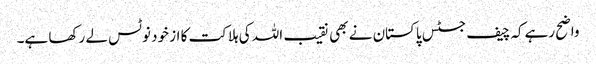
واضح رہےکہ چیف جسٹس پاکستان نے بھی نقیب اللہ کی ہلاکت کا از خود نوٹس لے رکھا ہے۔